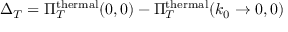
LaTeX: \Delta _ { T } = \Pi _ { T } ^ { \mathrm { t h e r m a l } } ( 0 , 0 ) - \Pi _ { T } ^ { \mathrm { t h e r m a l } } ( k _ { 0 } \rightarrow 0 , 0 )